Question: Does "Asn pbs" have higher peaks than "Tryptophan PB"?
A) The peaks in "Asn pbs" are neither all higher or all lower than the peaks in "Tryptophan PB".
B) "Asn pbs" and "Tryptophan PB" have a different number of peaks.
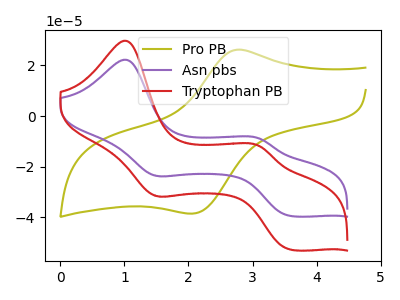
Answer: <think>The olive curve "Pro PB" has an anodic peak at (2.75V, 26.05uA) and a cathodic peak at (2.10V, -38.45uA). The purple curve "Asn pbs" has anodic peaks at (1.00V, 22.20uA) (3.10V, -8.85uA) and cathodic peaks at (1.50V, -23.40uA) (3.60V, -39.35uA). The red curve "Tryptophan PB" has anodic peaks at (1.00V, 29.70uA) (3.10V, -11.80uA) and cathodic peaks at (1.50V, -31.25uA) (3.60V, -52.65uA).</think>
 <answer>A) The peaks in "Asn pbs" are neither all higher or all lower than the peaks in "Tryptophan PB".</answer>
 <eval>A</eval>